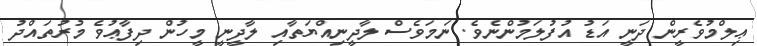
ޢިލްމުވެރީން ދަނީ އަޑު އުފުލަމުންނެވެ. ނަމަވެސް ލާދީނިއްޔަތާއި ލާދީނީ މީހުން ދިފާޢުވެ މުރުތައްދު